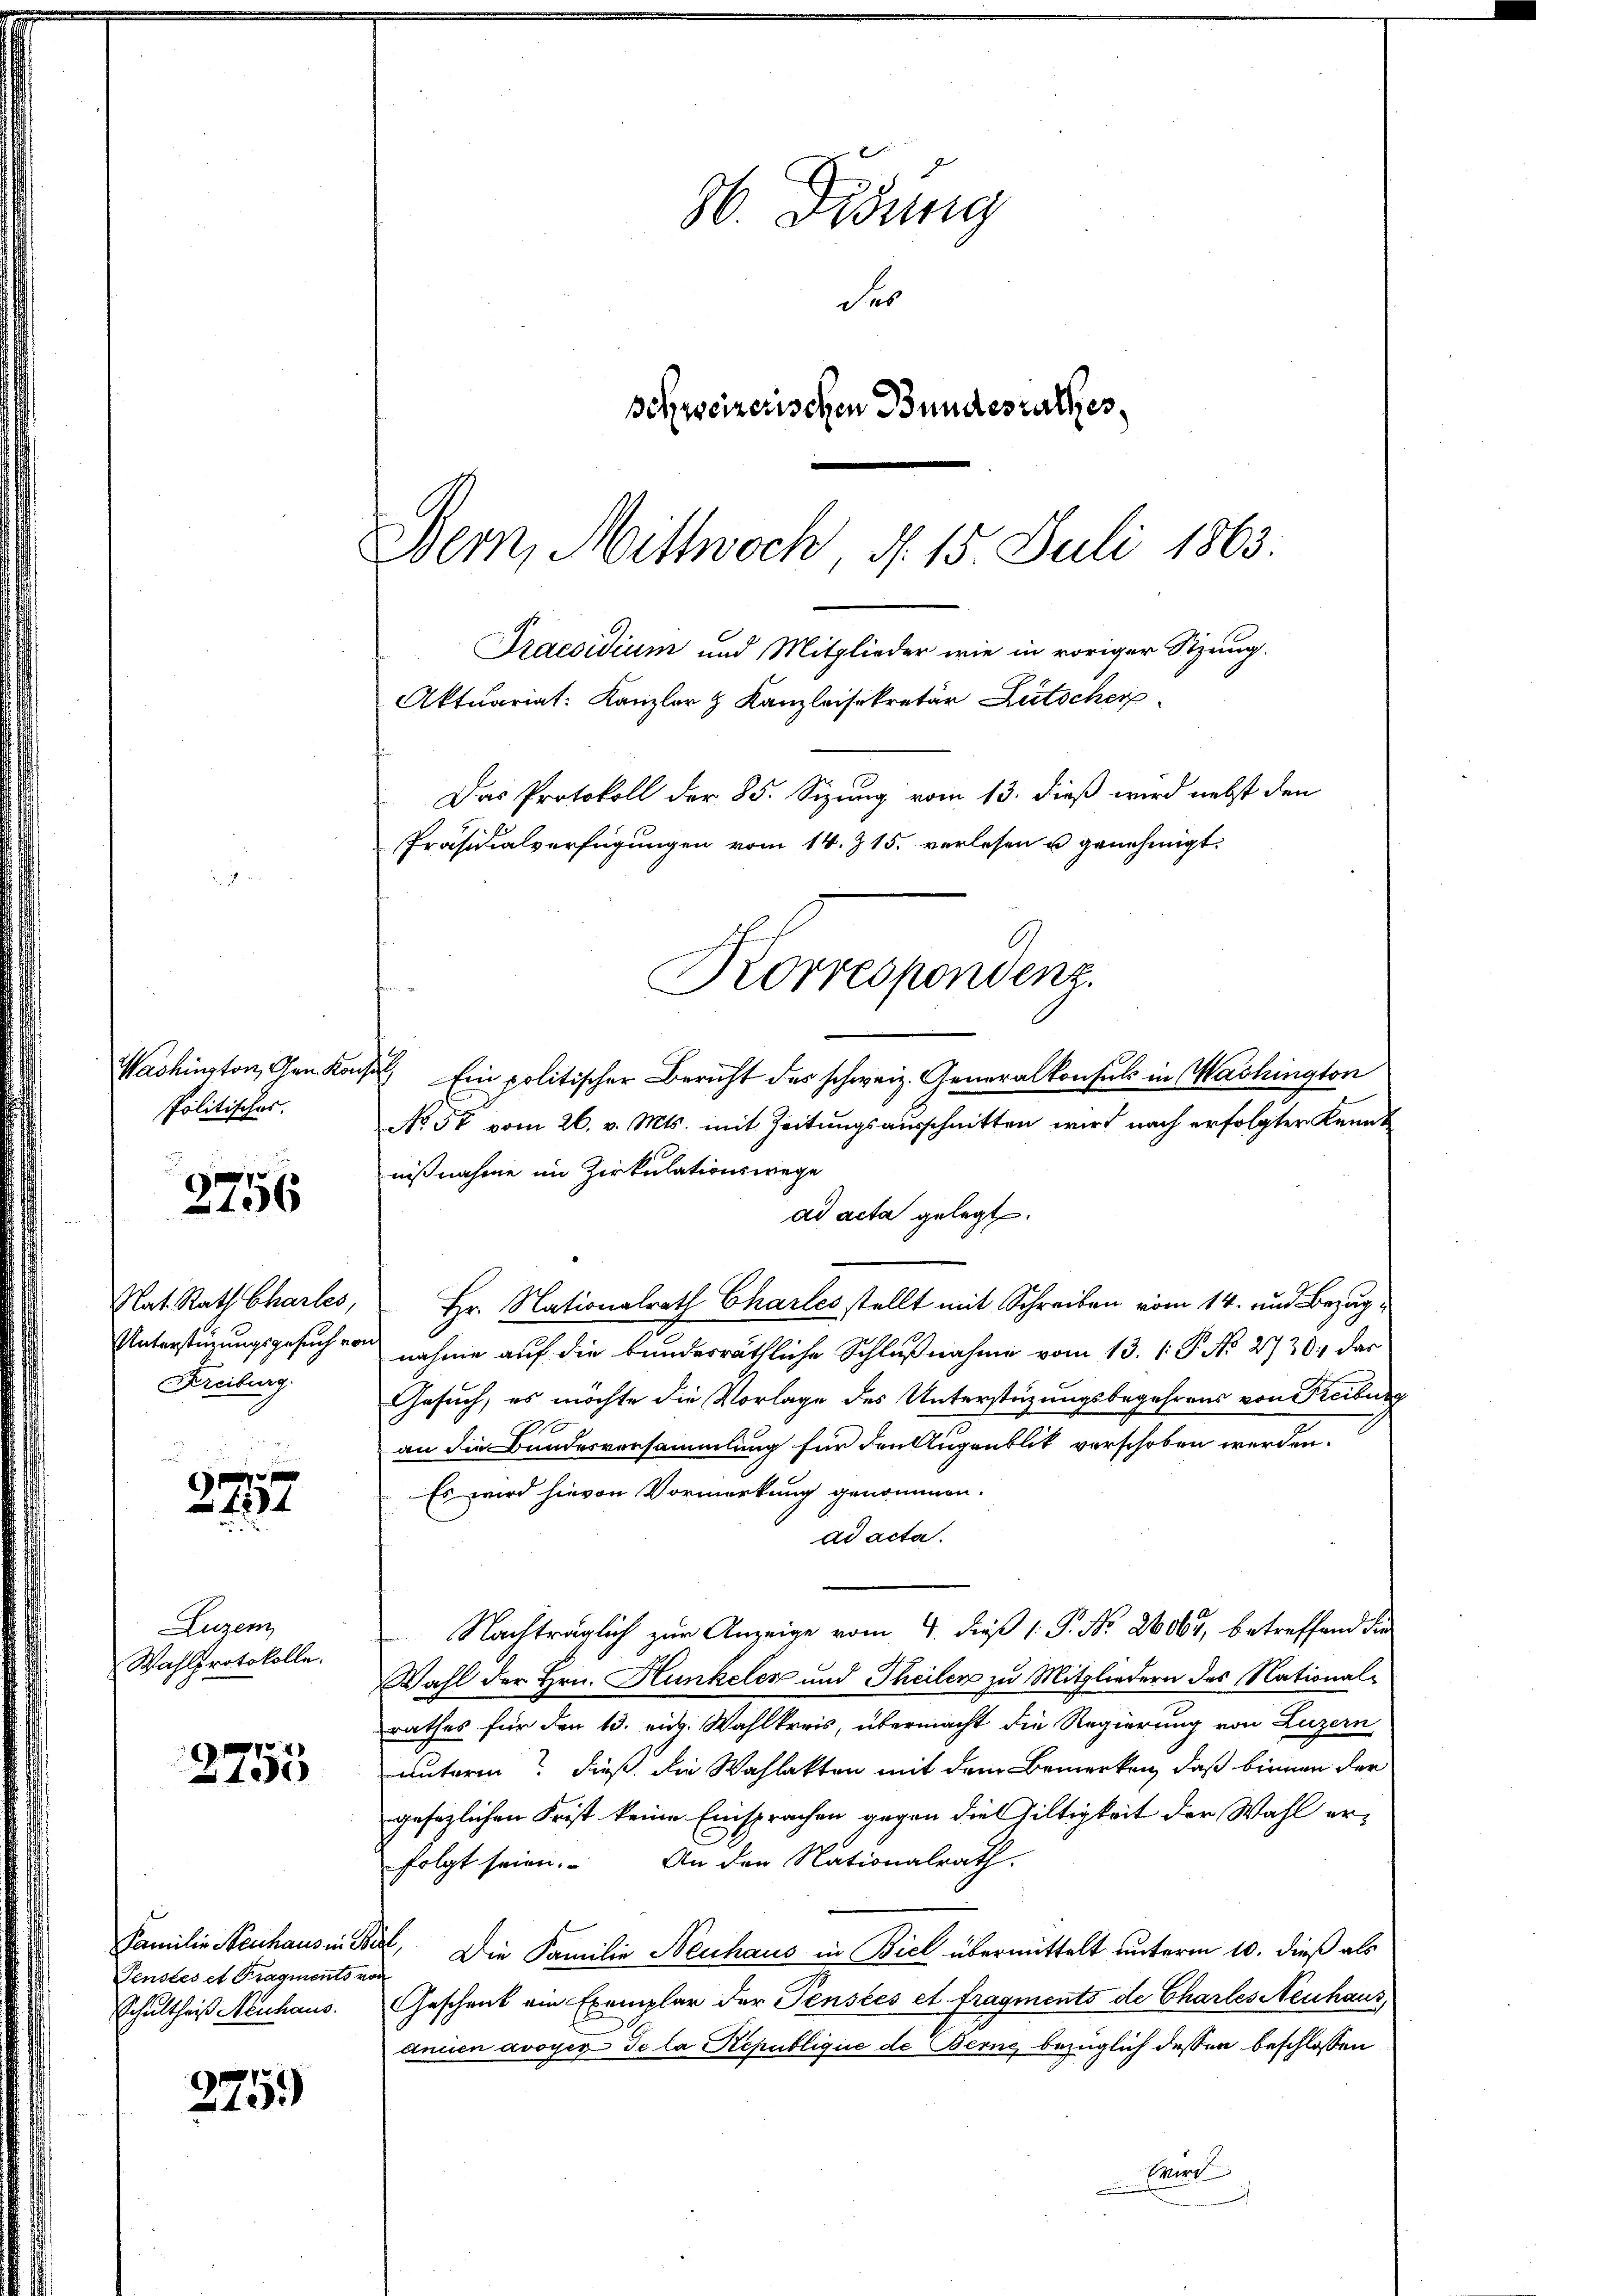
Washington, Gen. Kon
Politisches.

2756

Nat. Rath Chartes,
Unterstüzungsgesuch von
Freiburg.

e
1234

Luzer
Wahlprotokolle.

2755

Familie Neuhaus in B
Fenstes et Fragments vo
Schultheis Neuhaus.

275.)

86. Dedung
des
schweizerischen Bundesrathes,
Bern, Mittwoch d. 15. Juli 1863

Praesidium und Mitglieder wie in voriger Sitzung.
Aktuariat: Kanzler & Kanzleisekretär Lütscher
Das Protokoll der 85. Sizung vom 13. dieß wird nebst den
Präsidialverfügungen vom 14. Z. 15. verlesen u genehmigt.

) Ein politischer Bericht des schweiz. Generalkonsuls in Washington
No 50 vom 26. v. Mts. mit Zeitungsausschnitten wird nach erfolgter Kennt
nißnahme im Zirkulationswege
ad acta gelegt.
Hr. Nationalrath Charles stellt mit Schreiben vom 14. und Bezugnahme auf die bundesräthliche Schlußnahme vom 13. 1. P. No 2720. das
Gesuch, es möchte die Vorlage des Unterstüzungsbegehrens von Freiburg
an die Bundesvorsammlung für den Augenblik verschoben werden.
Es wird hievon Vormerkung genommen.
ad acta.
Nachträglich zur Anzeige vom 4. dieß P. Nr. 2604, betreffend die
Wahl der Hrn. Hunkeler und Theilen zu Mitgliedern des Nationalrathes für den 13. eid. Wahlkreis, übermacht die Regierung von Luzern
unterm? Dieß die Wahlakten mit dem Bemerken, daß binnen der
gefezlichen Frist keine Einsprachen gegen die Hiltigkeit der Wahl erfolgt seien. An den Nationalrath.
. Die Familie Neuhaus in Biel übermittelt unterm 10. dieß als
Geschenk ein Exemplar der Penstes et fragments de Charles Neuhaus,
ancien avoyer de la République de Berne bezüglich dessen beschlossen
Wird

Korrespondenz.